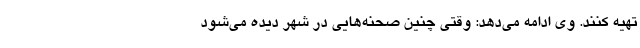
تهیه کنند. وی ادامه می‌دهد: وقتی چنین صحنه‌هایی در شهر دیده می‌شود